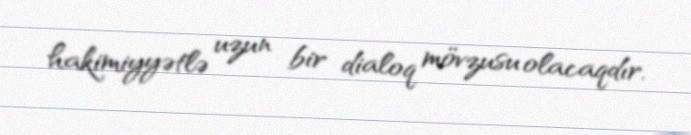
hakimiyyətlə uzun bir dialoq mövzusu olacaqdır.